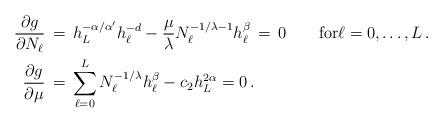
LaTeX: \begin{align*} \frac{\partial g}{\partial N_\ell} &\,=\, h_L^{-\alpha/\alpha'} h_\ell^{-d} - \frac{\mu}{\lambda} N_\ell^{-1/\lambda-1} h_\ell^{\beta} \,=\, 0 \qquad\mbox{for}\ell=0,\ldots,L\,.\\ \frac{\partial g}{\partial \mu} &\,=\, \sum_{\ell=0}^L N_\ell^{-1/\lambda} h_{\ell}^{\beta} - c_2 h_L^{2\alpha} = 0\,.\end{align*}